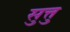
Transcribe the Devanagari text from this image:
सुत्तु